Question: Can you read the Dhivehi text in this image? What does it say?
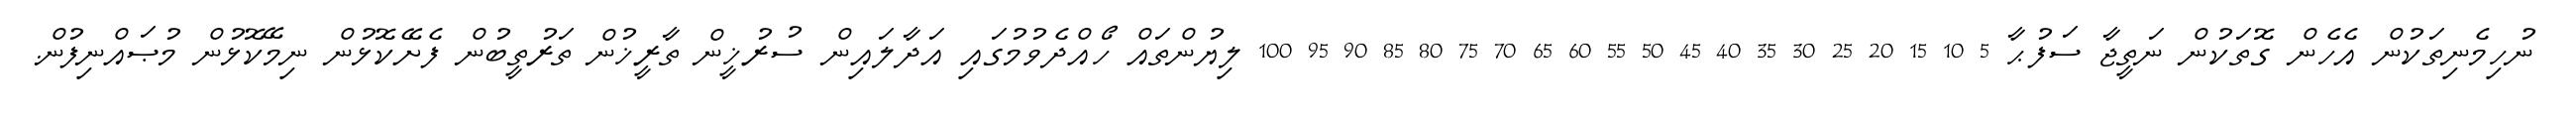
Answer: ނުހިމެނިތަކުން އެހެން ގޮތަކުން ނަތީޖާ ސަފުޙާ 5 10 15 20 25 30 35 40 45 50 55 60 65 70 75 80 85 90 95 100 ލިޔުންތައް ހޯއްދެވުމުގައި އަދާލައިން ސުރުޚީން ތާރީޚުން ތަރުތީބުން ފެށޭކޮޅުން ނިމޭކޮޅުން މުޞައްނިފުން.